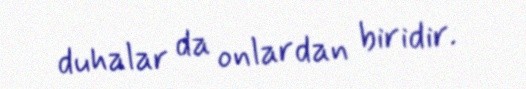
duhalar da onlardan biridir.